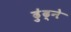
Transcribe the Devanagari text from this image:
ढु॑ढ्ने